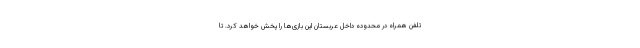
تلفن همراه در محدوده‌ داخل عربستان این بازی‌ها را پخش خواهد کرد. تا